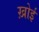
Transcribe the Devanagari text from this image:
ख़ोई